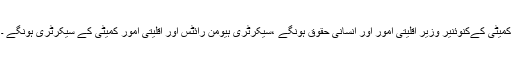
کمیٹی کےکنوئنیر وزیر اقلیتی امور اور انسانی حقوق ہونگے ،سیکرٹری ہیومن رائٹس اور اقلیتی امور کمیٹی کے سیکرٹری ہونگے ۔